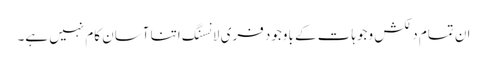
ان تمام دلکش وجوہات کے باوجود فری لانسنگ اتنا آسان کام نہیں ہے۔